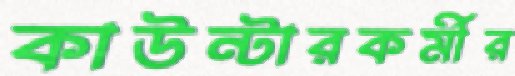
কাউন্টারকর্মীর